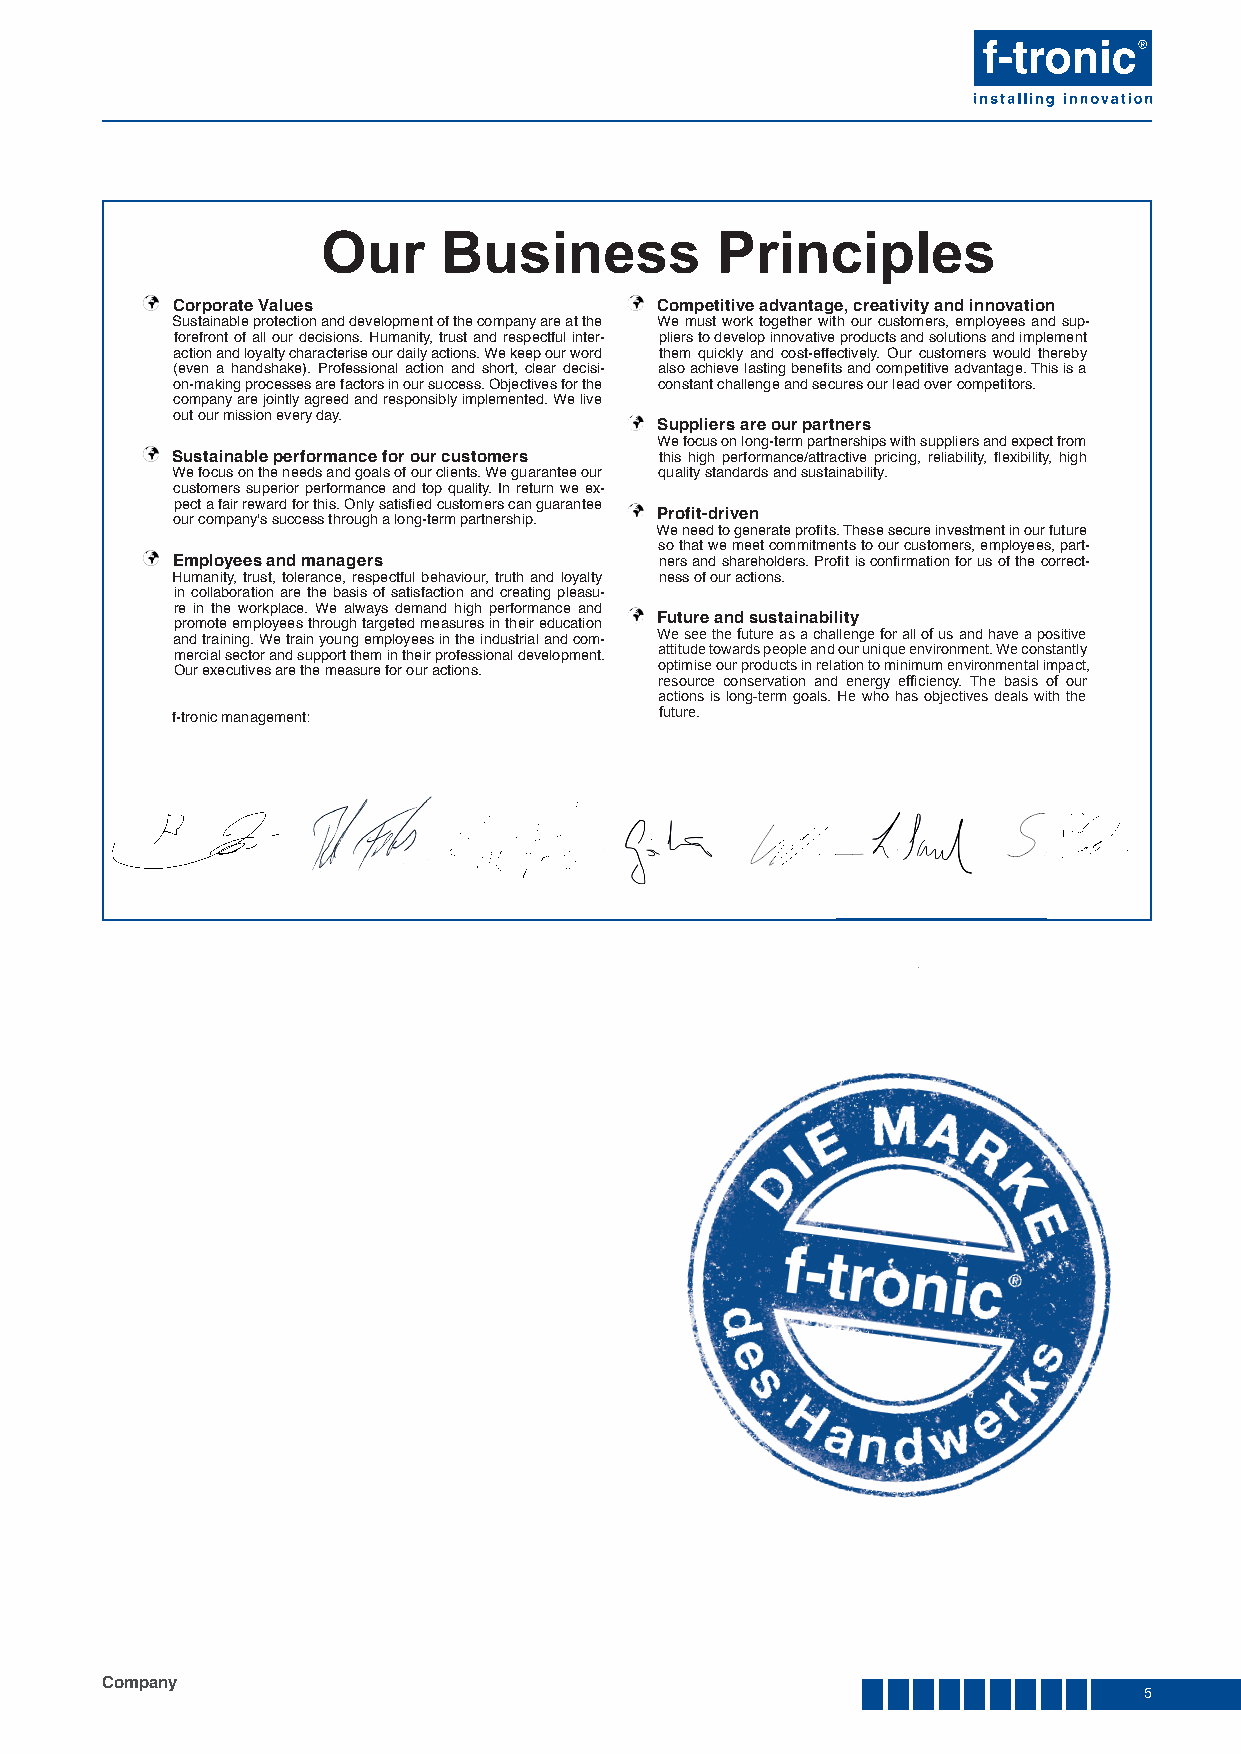
Our     Business          Principles
 Corporate Values                Competitive advantage, creativity and innovation
 Sustainable protection and development of the company are at the We must work together with our customers, employees and sup-
 forefront of all our decisions. Humanity, trust and respectful inter- pliers to develop innovative products and solutions and implement
 action and loyalty characterise our daily actions. We keep our word them quickly and cost-effectively. Our customers would thereby
 (even a handshake). Professional action and short, clear decisi- also achieve lasting benefi ts and competitive advantage. This is a
 on-making processes are factors in our success. Objectives for the constant challenge and secures our lead over competitors.
 company are jointly agreed and responsibly implemented. We live
 out our mission every day.
 Suppliers are our partners
 We focus on long-term partnerships with suppliers and expect from
 Sustainable performance for our customers this high performance/attractive pricing, reliability, fl exibility, high
 We focus on the needs and goals of our clients. We guarantee our quality standards and sustainability.
 customers superior performance and top quality. In return we ex-
 pect a fair reward for this. Only satisfi ed customers can guarantee
 Profit-driven
 our company's success through a long-term partnership.
 We need to generate profi ts. These secure investment in our future
 so that we meet commitments to our customers, employees, part-
 Employees and managers           ners and shareholders. Profi t is confi rmation for us of the correct-
 Humanity, trust, tolerance, respectful behaviour, truth and loyalty ness of our actions.
 in collaboration are the basis of satisfaction and creating pleasu-
 re in the workplace. We always demand high performance and
 Future and sustainability
 promote employees through targeted measures in their education
 We see the future as a challenge for all of us and have a positive
 and training. We train young employees in the industrial and com-
 attitude towards people and our unique environment. We constantly
 mercial sector and support them in their professional development.
 optimise our products in relation to minimum environmental impact,
 Our executives are the measure for our actions.
 resource conservation and energy effi ciency. The basis of our
 actions is long-term goals. He who has objectives deals with the
 future.
 f-tronic management:
 Company
 5